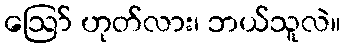
ဪ ဟုတ်လား၊ ဘယ်သူလဲ။